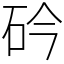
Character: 砛